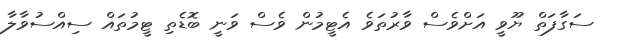
ސަގާފަތް ޔޫވީ އަށްވެސް ވާރުތަވެ އެޓީމުން ވެސް ވަނީ ބޮޑެތި ޓީމުތައް ސިއްސުވާލާ